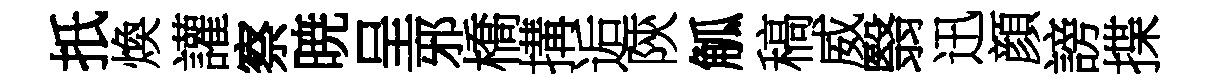
扺煥讙察暁呈邪橋搆逅陝觚稿威翳迅顔謗揲